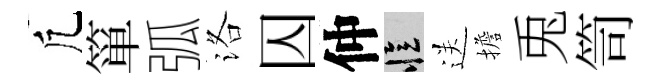
凢箪弧洛囚仲忆送擔兎笥